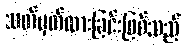
သတ်မှတ်ထားခြင်းဖြစ်သည်